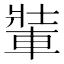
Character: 𨌄